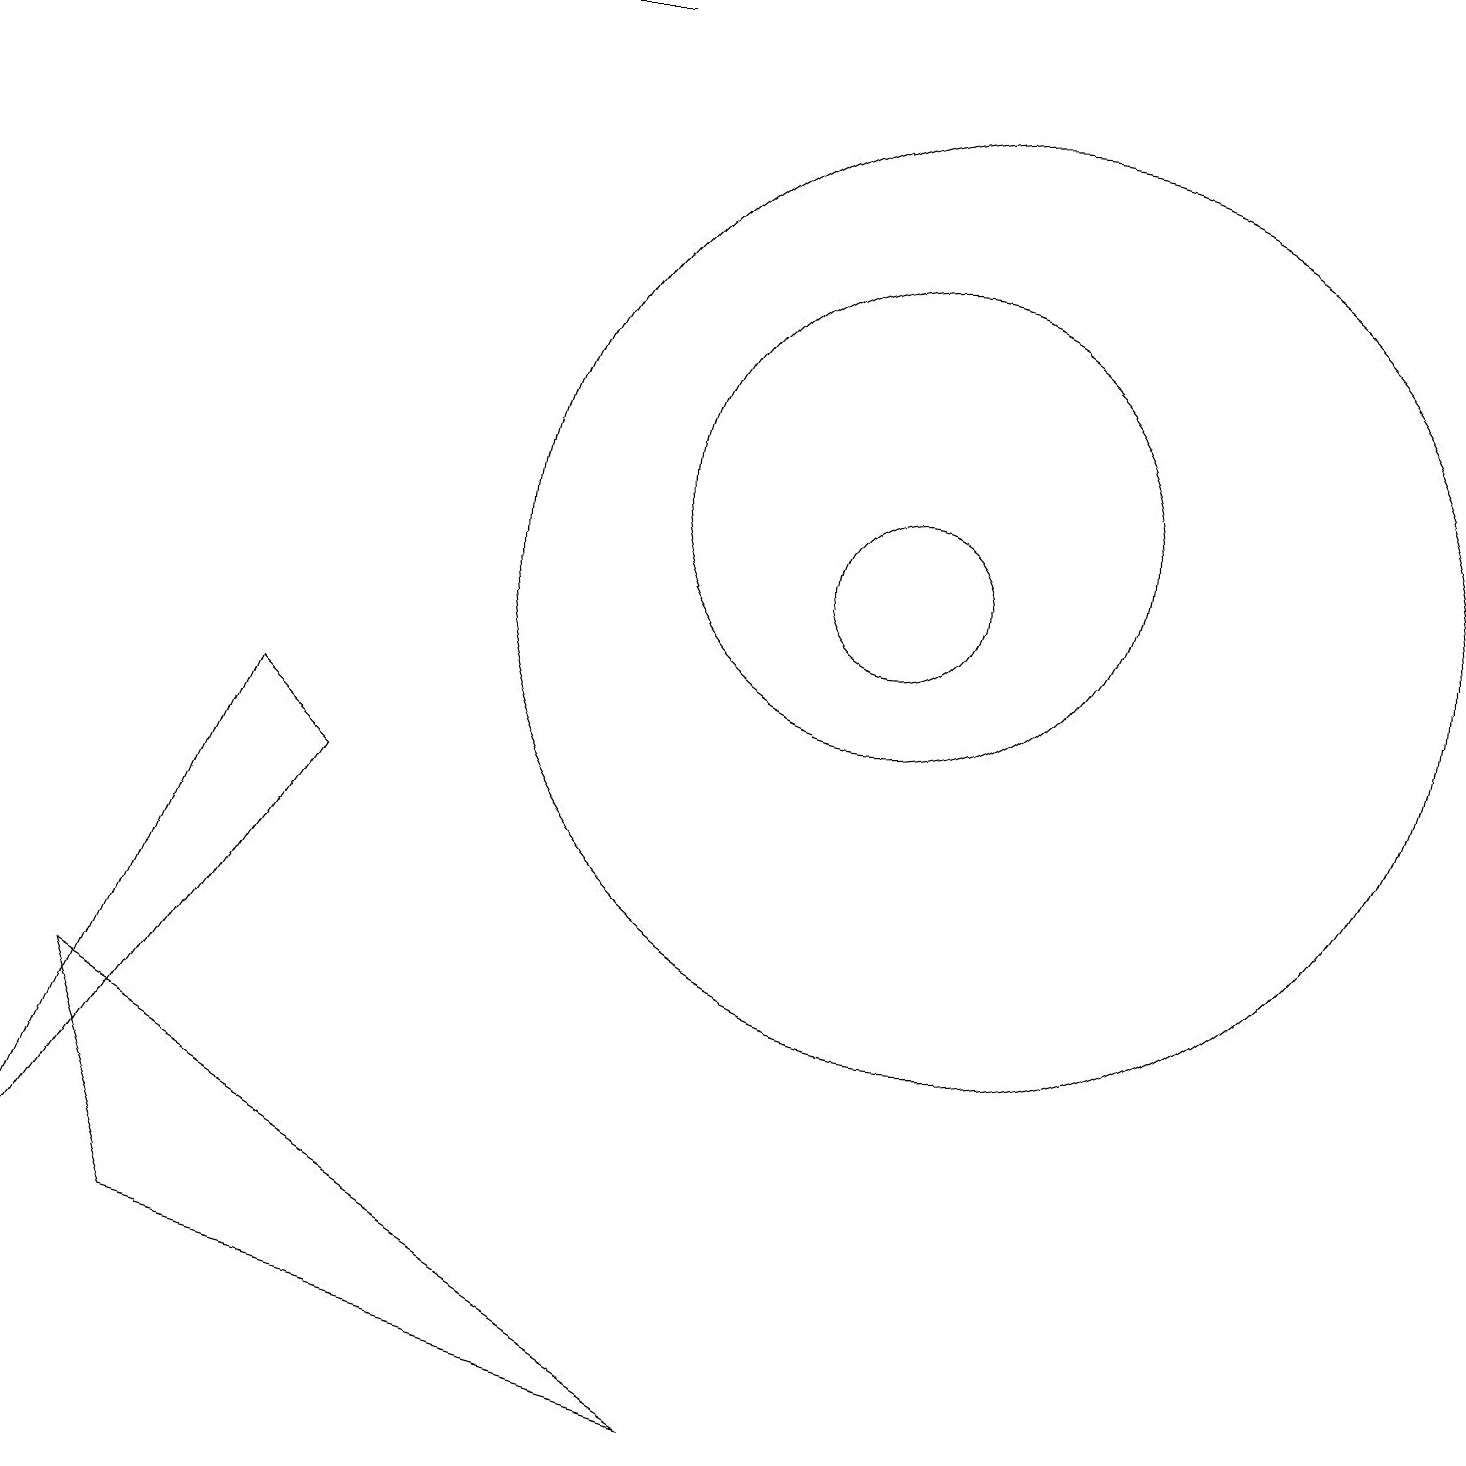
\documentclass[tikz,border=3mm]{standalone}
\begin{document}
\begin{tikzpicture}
\draw (2,2) -- (9,0) -- (1,5) -- cycle;
\draw (12,11) circle (6);
\draw (11,12) circle (3);
\draw (4,8) -- (3,9) -- (0,2) -- cycle;
\draw[->] (7,18) -- (1,18);
\draw (11,11) circle (1);
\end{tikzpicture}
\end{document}